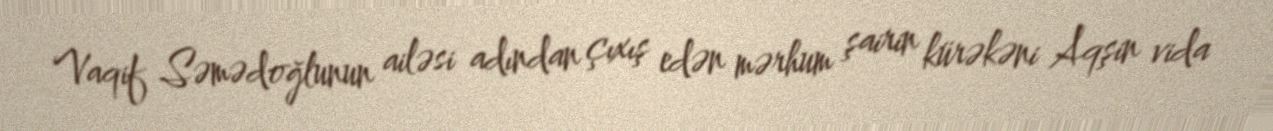
Vaqif Səmədoğlunun ailəsi adından çıxış edən mərhum şairin kürəkəni Aqşin vida